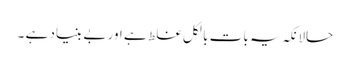
حالانکہ یہ بات بالکل غلط ہے اور بے بنیاد ہے ۔